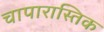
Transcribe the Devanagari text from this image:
चापारास्तिक